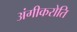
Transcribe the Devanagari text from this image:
अंगीकरोति